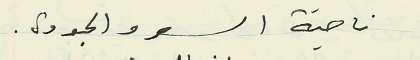
ناحية السعر والجودة.